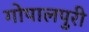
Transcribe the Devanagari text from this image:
गोपालपुरी